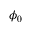
\phi _ { 0 }